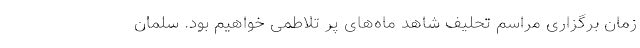
زمان برگزاری مراسم تحلیف شاهد ماه‌های پر تلاطمی خواهیم بود. سلمان